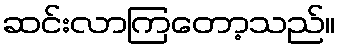
ဆင်းလာကြတော့သည်။